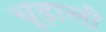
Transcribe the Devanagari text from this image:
चूड़ाली